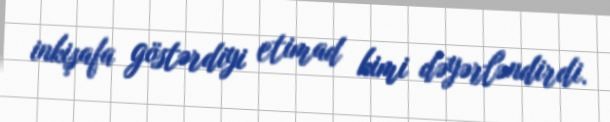
inkişafa göstərdiyi etimad kimi dəyərləndirdi.